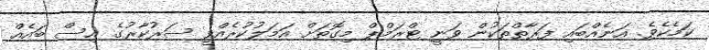
ކަމެކެވެ. އަނެއްބައި ފަރާތްތަކުން ވަނީ ޓްރަމްޕް މިގޮތަށް އަމަލުކުރެއްވީ ސަރުކާރުގެ އިސް ބައެއް